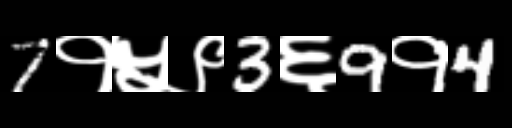
Text: 7१५९3६9१4